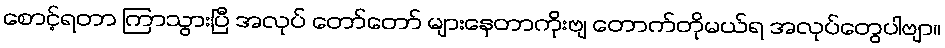
စောင့်ရတာ ကြာသွားပြီ အလုပ် တော်တော် များနေတာကိုးဗျ တောက်တိုမယ်ရ အလုပ်တွေပါဗျာ။